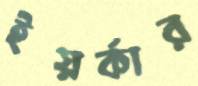
ইয়র্কার